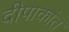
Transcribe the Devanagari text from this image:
दीपाकांत